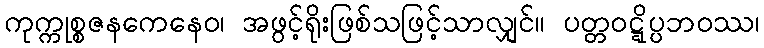
ကုက္ကုစ္စဇနကေနေဝ၊ အဖွင့်ရိုးဖြစ်သဖြင့်သာလျှင်။ ပတ္တဝဋ္ဋိပ္ပဘဝဿ၊